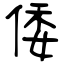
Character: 倭